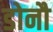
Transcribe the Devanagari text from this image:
डोनौ